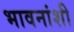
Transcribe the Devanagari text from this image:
भावनांशी